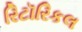
રિટૉરિકલ